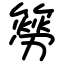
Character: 簩